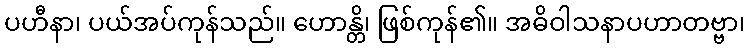
ပဟီနာ၊ ပယ်အပ်ကုန်သည်။ ဟောန္တိ၊ ဖြစ်ကုန်၏။ အဓိဝါသနာပဟာတဗ္ဗာ၊